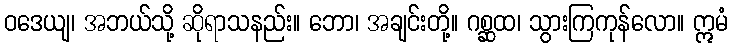
ဝဒေယျ၊ အဘယ်သို့ ဆိုရာသနည်း။ ဘော၊ အချင်းတို့။ ဂစ္ဆထ၊ သွားကြကုန်လော။ ဣမံ